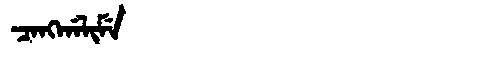
Manchu: ᠴᠠᠩᡤᠠᠯᡳᠮᡝ
Romanization: CANGGALIME